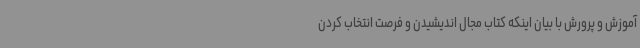
آموزش و پرورش با بیان اینکه کتاب مجال اندیشیدن و فرصت انتخاب کردن